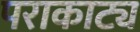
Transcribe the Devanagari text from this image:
पराकाट्य